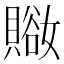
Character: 𧷚